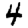
Digit: 4